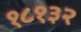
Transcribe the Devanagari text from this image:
१८१३२